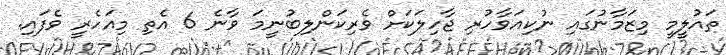
ތައުލީމީ މިޒަމާނުގައި ނުކިއަވާހުރި ޖާހިލަކަށް ވެރިކަންލިބުނީމަ ވާނެ 6 އެތި މިއަހެރީ ވެފައި.